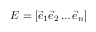
E = [ { \vec { e } } _ { 1 } { \vec { e } } _ { 2 } \ldots { \vec { e } } _ { n } ]